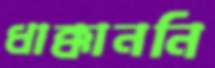
ধাক্কাননি